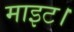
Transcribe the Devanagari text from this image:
माइट।